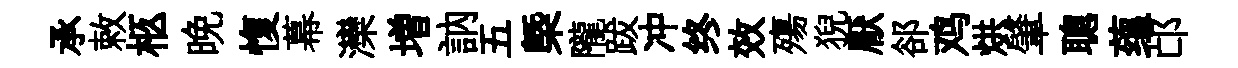
承敕柩晩愎幕灤増訥五槩隴跋冲终效殤猊厭郤鸡烘肇聰蕴邙